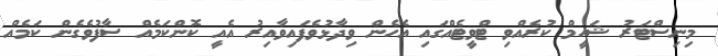
މިނިސްޓަރު ޝަހީމް ކުރެއްވި ޓްވީޓެއްގައި އެހެން ވިދާޅުވެފައިވާއިރު އެއީ ކޮންކަމެއް ސާފުވެގެން ކަމެއް